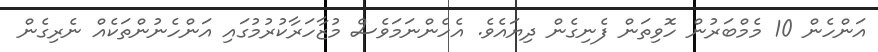
އަންހެން 10 މެމްބަރުން ހޮވިތަން ފެނިގެން ދިޔައެވެ. އެހެންނަމަވެސް މުޒާހަރާކުރުމުގައި އަންހެނުންތަކެއް ނެރިގެން